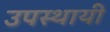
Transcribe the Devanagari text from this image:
उपस्‍थायी